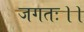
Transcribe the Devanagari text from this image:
जगतः।।